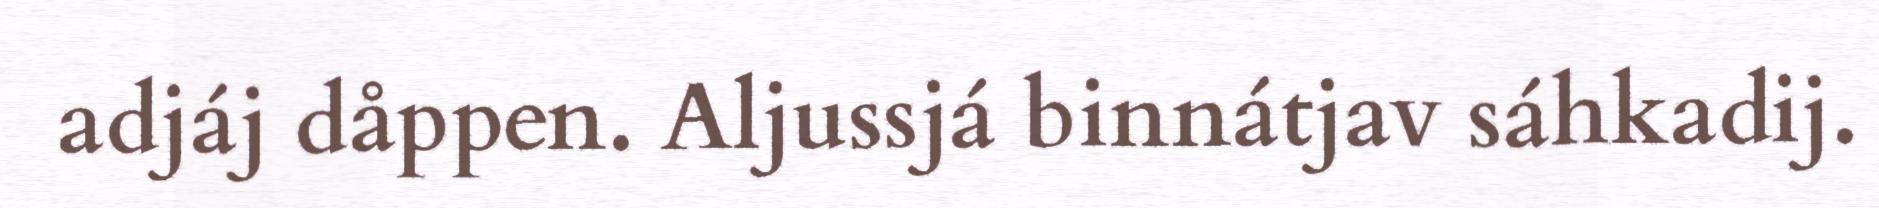
adjáj dåppen. Aljussjá binnátjav sáhkadij.